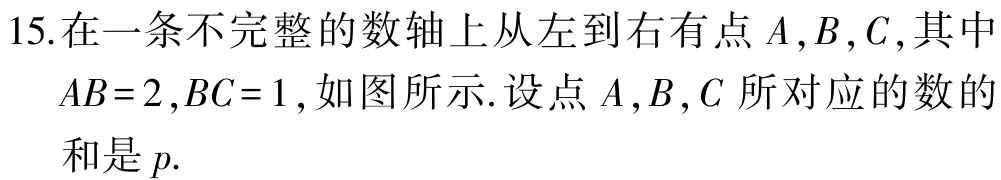
15.在一条不完整的数轴上从左到右有点\(A,B,C\),其中\(AB = 2,BC = 1\),如图所示.设点\(A,B,C\)所对应的数的和是\(p\).